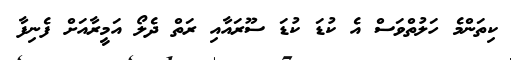
ކިތަންމެ ހަލުތްވަސް އެ ކުޑަ ކުޑަ ސޫރައާއި ރަތް ދެލޯ އަމީރާއަށް ފެނިފާ